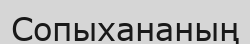
Сопыхананың